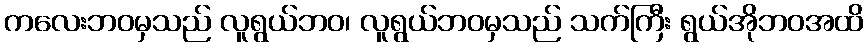
ကလေးဘဝမှသည် လူရွယ်ဘဝ၊ လူရွယ်ဘဝမှသည် သက်ကြီး ရွယ်အိုဘဝအထိ